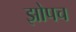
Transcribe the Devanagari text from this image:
झोपच